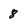
Character: 8